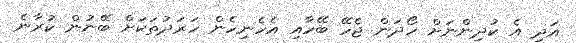
އަދި އެ ކުދިންނަށް ހޯދަން ޖެހޭ ބޭހާއި އެހެނިހެން ހަރަދުތަކަށް ބޭނުން ކުރާނެ